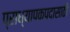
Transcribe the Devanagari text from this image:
प्राध्यापकपदासाठी